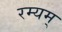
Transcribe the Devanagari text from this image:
रम्यम्